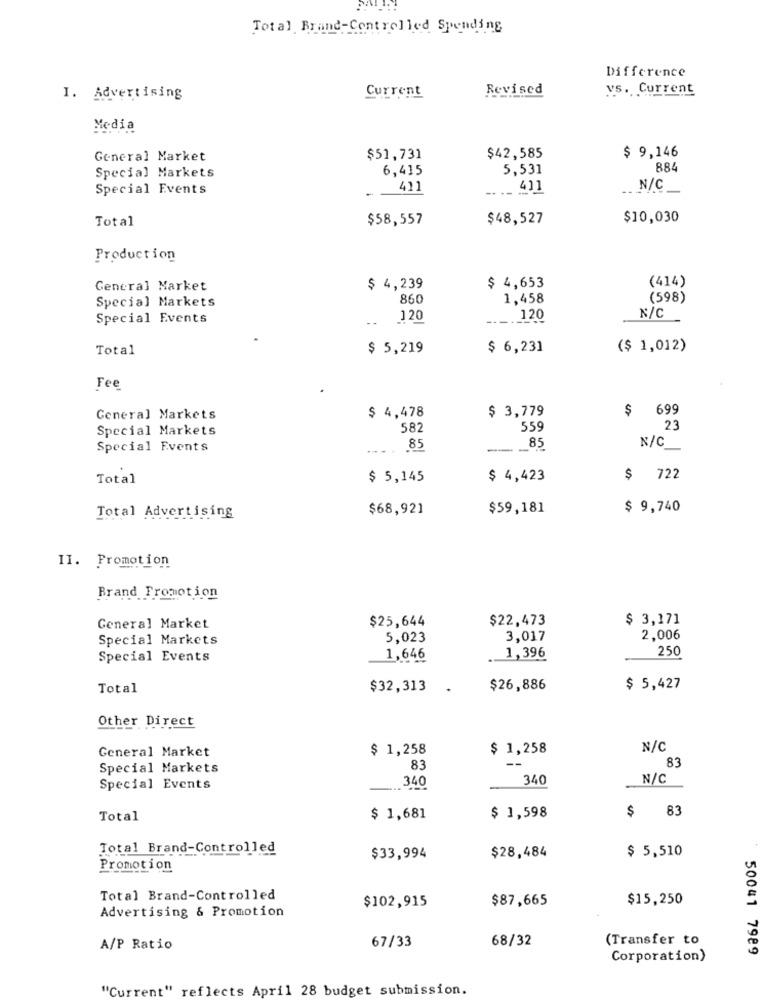
Total Brand-Controlled Spending
Difference
Current
Revised
vs. Current
I. Advertising
Media
General Market
$51,731
$42,585
$ 9,146
6,415
5,531
884
Special Markets
Special Events
411
N/C
Total
$58,557
$48,527
$10,030
Production
(414)
General Market
$ 4,239
$ 4,653
860
1,458
(598)
Special Markets
N/C
Special Events
1 20
----
120
Total
$ 5,219
$ 6,231
($ 1,012)
Fee
$ 4,478
$ 3,779
$
699
General Markets
Special Markets
582
559
23
Special Events
.85
--
_85
N/C
Total
$ 5,145
$ 4,423
$ 722
Total Advertising
$68,921
$59,181
$ 9,740
II. Promotion
Brand Promotion
$25,644
$22,473
$ 3,171
General Market
Special Markets
5,023
3,017
2,006
Special Events
1,646
1,396
250
Total
$32,313
.
$26,886
$ 5,427
Other Direct
General Market
$ 1,258
$ 1,258
N/C
83
Special Markets
83
340
N/C
Special Events
3.40
83
Total
$ 1,681
$ 1,598
$
Total Brand-Controlled
$ 5,510
$33,994
$28,484
Promotion
Total Brand-Controlled
$87,665
$15,250
Advertising & Promotion
$102,915
67/33
68/32
(Transfer to
A/P Ratio
50041 7989
Corporation)
"Current" reflects April 28 budget submission.